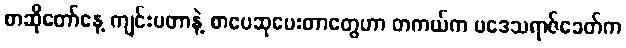
စာဆိုတော်နေ့ ကျင်းပတာနဲ့ စာပေဆုပေးတာတွေဟာ တကယ်က ပဒေသရာဇ်ခေတ်က